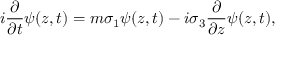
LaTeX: i \frac { \partial } { \partial t } \psi ( z , t ) = m \sigma _ { 1 } \psi ( z , t ) - i \sigma _ { 3 } \frac { \partial } { \partial z } \psi ( z , t ) ,